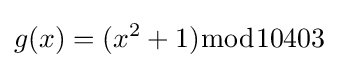
g(x)=(x^{2}+1){\bmod {1}}0403